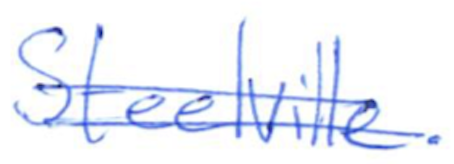
Text: Steelville.
Cross-out: double-line
Writing tool: ballpoint